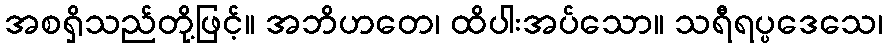
အစရှိသည်တို့ဖြင့်။ အဘိဟတေ၊ ထိပါးအပ်သော။ သရီရပ္ပဒေသေ၊